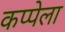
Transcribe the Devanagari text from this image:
कप्पेला